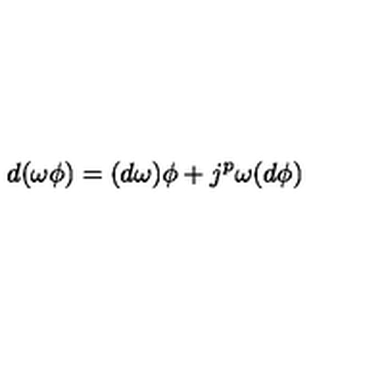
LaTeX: d ( \omega \phi ) = ( d \omega ) \phi + j ^ { p } \omega ( d \phi )